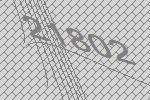
21802